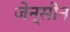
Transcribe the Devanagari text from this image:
जेन्सीन